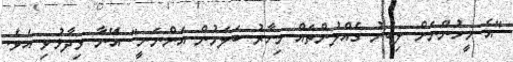
"އެ މީހުންނަށް ލިބުނު ގެއްލުންތައް މިހާރު ބަލަމުން އަންނަނީ" އޭނާ ވިދާޅުވި އެވެ.